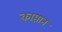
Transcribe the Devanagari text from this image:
काप्तान